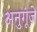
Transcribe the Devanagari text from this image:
अनुगूंजें